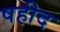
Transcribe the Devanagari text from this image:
षहीद